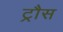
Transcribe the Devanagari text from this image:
ट्रौस